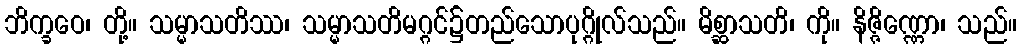
ဘိက္ခဝေ၊ တို့။ သမ္မာသတိဿ၊ သမ္မာသတိမဂ္ဂင်၌တည်သောပုဂ္ဂိုလ်သည်။ မိစ္ဆာသတိ၊ ကို။ နိဇ္ဇိဏ္ဏော၊ သည်။